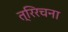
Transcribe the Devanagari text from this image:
त्रिरचना